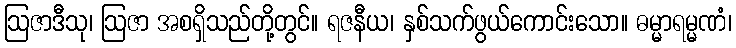
ဩဇာဒီသု၊ ဩဇာ အစရှိသည်တို့တွင်။ ရဇနီယ၊ နှစ်သက်ဖွယ်ကောင်းသော။ ဓမ္မာရမ္မဏံ၊